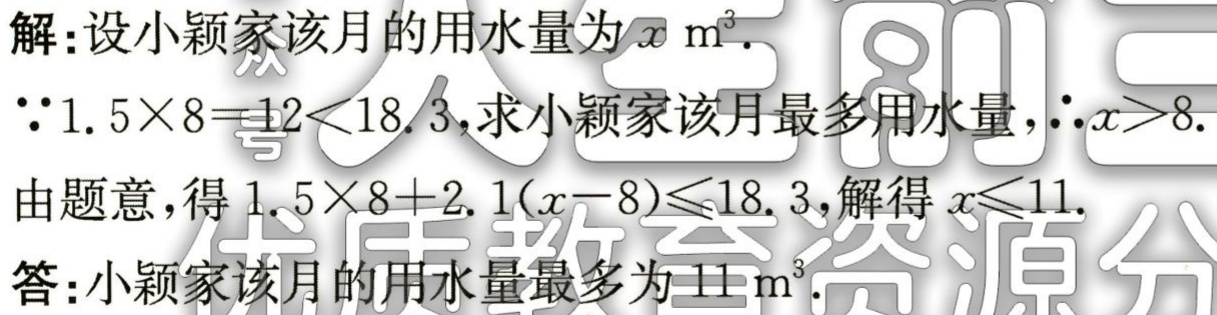
解：设小颖家该月的用水量为\(x\ \mathrm{m}^{3}\).
\(\because 1.5\times8 = 12<18.3\)，求小颖家该月最多用水量，\(\therefore x > 8\).
由题意，得\(1.5\times8 + 2.1(x - 8)\leq18.3\)，解得\(x\leq11\).
答：小颖家该月的用水量最多为\(11\ \mathrm{m}^{3}\).